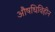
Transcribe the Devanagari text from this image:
औषधिविहीन